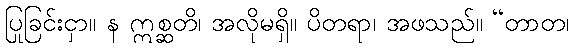
ပြုခြင်းငှာ။ န ဣစ္ဆတိ၊ အလိုမရှိ။ ပိတရာ၊ အဖသည်။ “တာတ၊